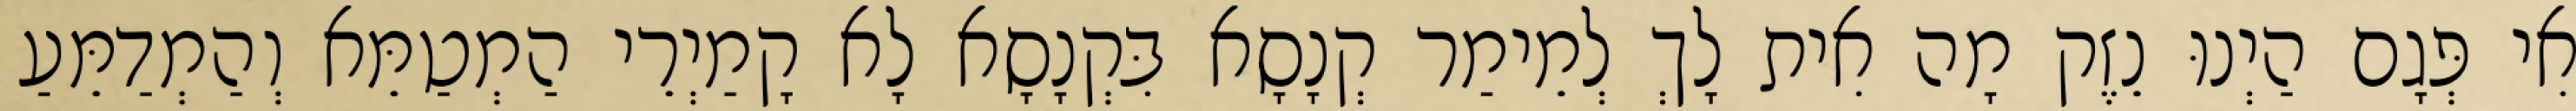
אִי פְּגָם הַיְנוּ נֵזֶק מָה אִית לָךְ לְמֵימַר קְנָסָא בִּקְנָסָא לָא קָמַיְרֵי הַמְטַמֵּא וְהַמְדַמֵּעַ